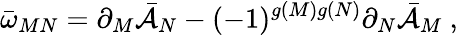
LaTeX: \bar{\omega}_{MN}=\partial_{M}\bar{\cal{A}}_{N}-(-1)^{g(M)g(N)}\partial_{N}\bar{\cal{A}}_{M}\ ,